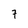
Character: 7